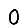
Digit: 0